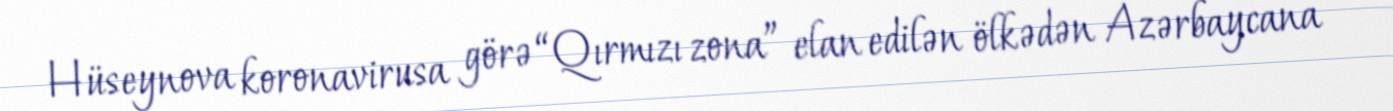
Hüseynova koronavirusa görə “Qırmızı zona” elan edilən ölkədən Azərbaycana